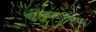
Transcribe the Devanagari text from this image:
चतुर्थकम्।।पंचमं